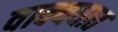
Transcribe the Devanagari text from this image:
वाक्यघात